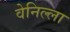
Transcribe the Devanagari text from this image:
वेनिल्ला